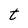
Character: t